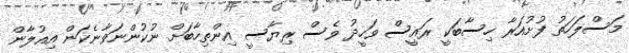
މަސްލަހަތު ފުށުއަރާ ހިސާބަކީ ރައީސް ވަހީދު ވެސް ރިޔާސީ އިންތިހާބަށް ނުކުންނަވާނެކަން އިއުލާން